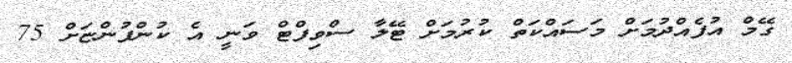
ގޭމް އުފެއްދުމަށް މަސައްކަތް ކުރުމަށް ޓޭލާ ސްވިފްޓް ވަނީ އެ ކުންފުންޏަށް 75